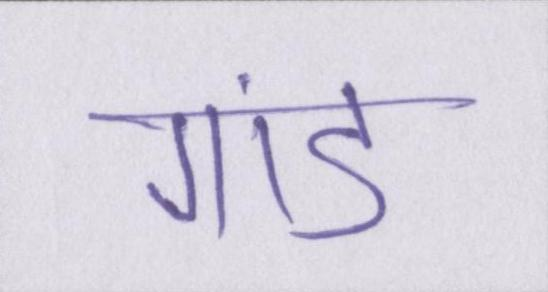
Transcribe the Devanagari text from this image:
गांड